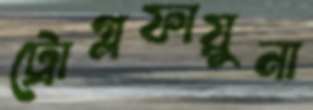
ট্রোগ্লফায়ুনা